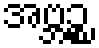
အဗ္ဘဉ္စ